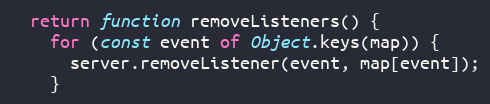
Language: JavaScript
  return function removeListeners() {
    for (const event of Object.keys(map)) {
      server.removeListener(event, map[event]);
    }